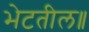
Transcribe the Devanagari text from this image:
भेटतील॥